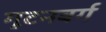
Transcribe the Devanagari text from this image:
गूटनबर्ग